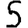
Digit: 5